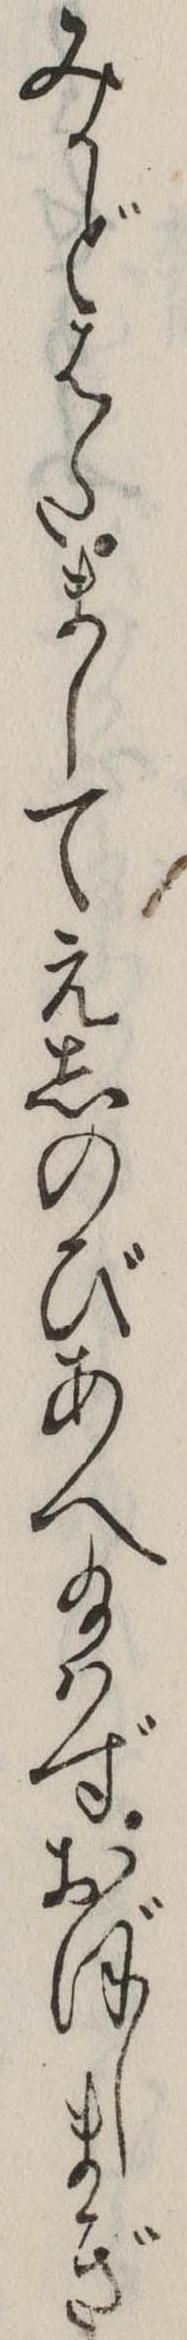
みかどはたましてえしのびあへ給はずおぼしまぎ